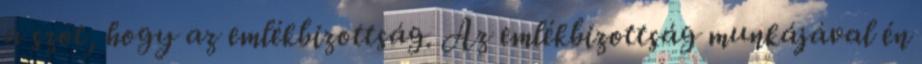
a szót, hogy az emlékbizottság. Az emlékbizottság munkájával én